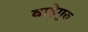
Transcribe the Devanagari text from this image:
वाहेगुरु